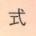
式